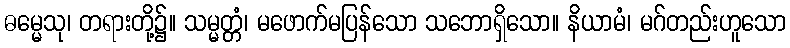
ဓမ္မေသု၊ တရားတို့၌။ သမ္မတ္တံ၊ မဖောက်မပြန်သော သဘောရှိသော။ နိယာမံ၊ မဂ်တည်းဟူသော